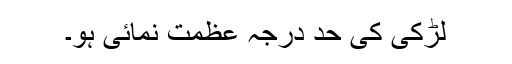
لڑکی کی حد درجہ عظمت نمائی ہو۔